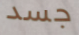
جسد